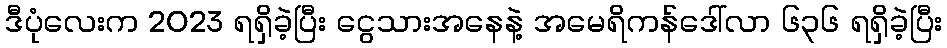
ဒီပုံလေးက 2023 ရရှိခဲ့ပြီး ငွေသားအနေနဲ့ အမေရိကန်ဒေါ်လာ ၆၃၆ ရရှိခဲ့ပြီး